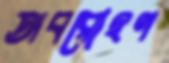
অবরোহণ